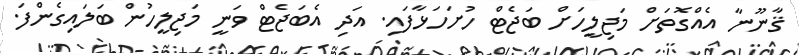
ޤާނޫނާ އެއްގޮތަށް މަޖިލީހަށް ބަޖެޓް ހުށަހަޅާފައި. އަދި އެބަޖެޓް ވަނީ މަޖިލީހުން ބަލައިގެންފަ.